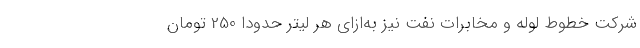
شرکت خطوط لوله و مخابرات نفت نیز به‌ازای هر لیتر حدوداً 250 تومان